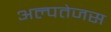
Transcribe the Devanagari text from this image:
अल्पतेजस